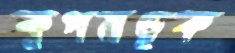
কূপমণ্ডূক